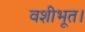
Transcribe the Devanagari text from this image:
वशीभूत।